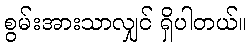
စွမ်းအားသာလျှင် ရှိပါတယ်။